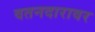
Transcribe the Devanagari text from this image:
वतनदारावर